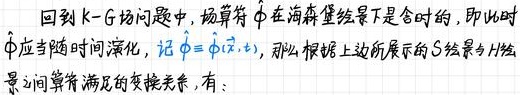
回到 $\mathrm{K}-\mathrm{G}$ 问题中, 场算符 $\hat{\phi}$ 在海森堡绘景下是含时的, 即此时 $\hat{\phi}$ 应当随时间演化, 记 $\hat{\phi}=\hat{\phi}(\vec{x}, t)$, 那么根据上边所展示的 $S$ 绘景与 $H$ 绘景之间算符满足的变换关系, 有: